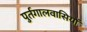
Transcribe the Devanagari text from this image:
पुर्तगालवासियों